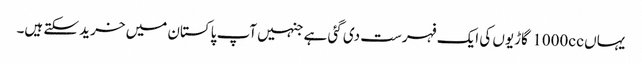
یہاں 1000cc گاڑیوں کی ایک فہرست دی گئی ہے جنہیں آپ پاکستان میں خرید سکتے ہیں۔